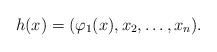
LaTeX: \begin{align*} h(x)=(\varphi_1(x), x_2, \ldots, x_n) .\end{align*}